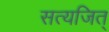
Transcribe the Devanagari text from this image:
सत्यजित्‌